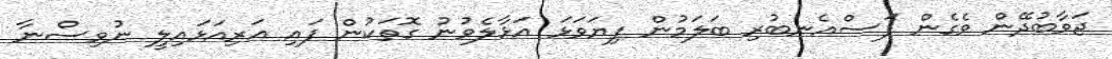
ޖަވާބުދޭން ވެގެން ފަސްއެނބުރި ބަލަމުން ފިޔަވަޅަ އަޅާލެވުނު ގޮތަކުން ފައި އަރިއަޅައިލީ ނުވިސްނާ